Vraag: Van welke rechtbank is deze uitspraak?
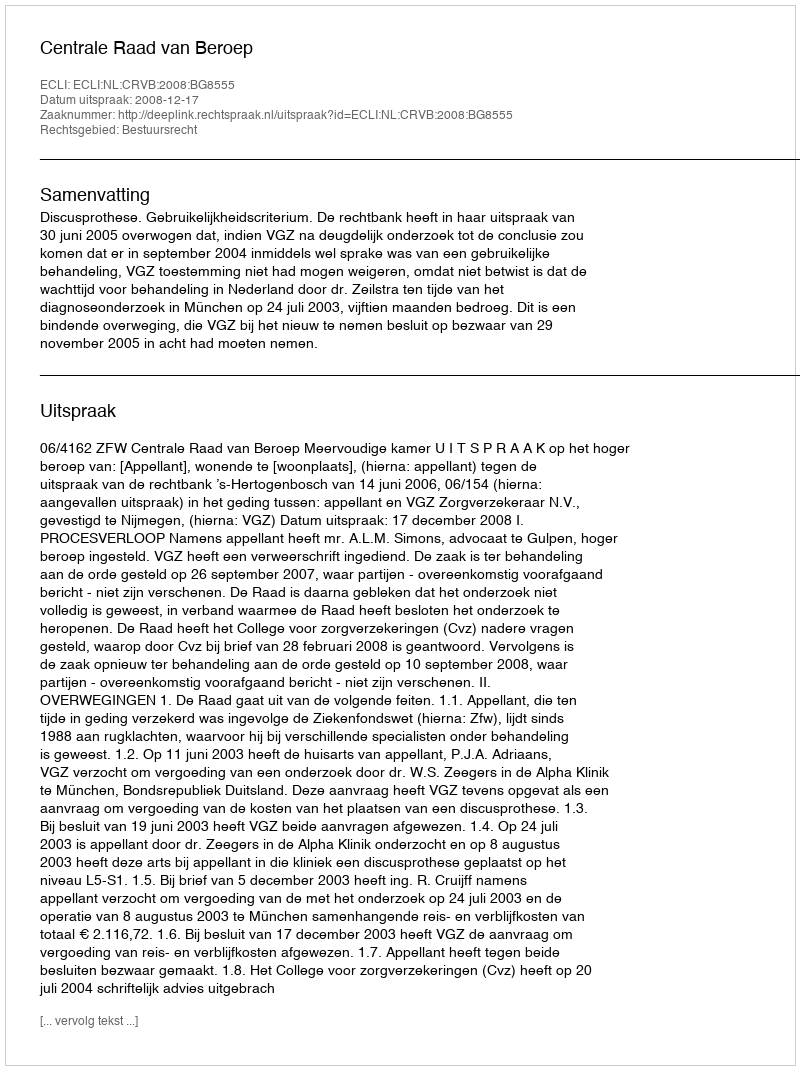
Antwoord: Centrale Raad van Beroep